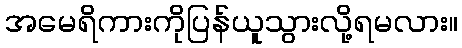
အမေရိကားကိုပြန်ယူသွားလို့ရမလား။